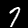
Digit: 7